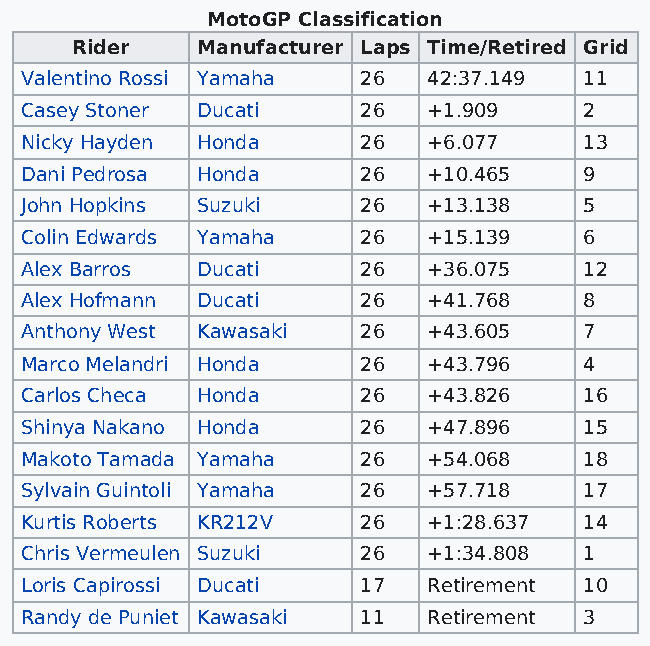
MotoGP Classification
 Rider   Manufacturer Laps Time/Retired Grid
 Valentino Rossi Yamaha 26  42:37.149  11
 Casey Stoner Ducati    26  +1.909     2
 Nicky Hayden Honda     26  +6.077     13
 Dani Pedrosa Honda     26  +10.465    9
 John Hopkins Suzuki    26  +13.138    5
 Colin Edwards Yamaha   26  +15.139    6
 Alex Barros Ducati     26  +36.075    12
 Alex Hofmann Ducati    26  +41.768    8
 Anthony West Kawasaki  26  +43.605    7
 Marco Melandri Honda   26  +43.796    4
 Carlos Checa Honda     26  +43.826    16
 Shinya Nakano Honda    26  +47.896    15
 Makoto Tamada Yamaha   26  +54.068    18
 Sylvain Guintoli Yamaha 26 +57.718    17
 Kurtis Roberts KR212V  26  +1:28.637  14
 Chris Vermeulen Suzuki 26  +1:34.808  1
 Loris Capirossi Ducati 17  Retirement 10
 Randy de Puniet Kawasaki 11 Retirement 3